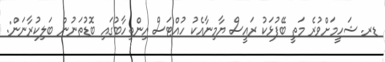
ޑރ. ޝަހީމަށްވުރެ މަތީ ބޭފުޅަކު ރައީސް ޔާމިނާއެކު ހުއްޓަސް އިންތިހާބުގައި ބޮޑުތަނުން ބަލިކުރާނަން: